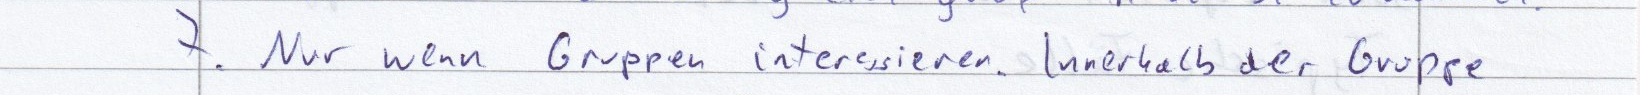
7. Nur wenn Gruppen interessieren. Innerhalb der Gruppe